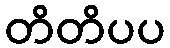
တိတိပပ